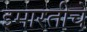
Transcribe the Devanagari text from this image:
इमारतीचें